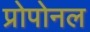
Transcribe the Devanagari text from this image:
प्रोपोनल